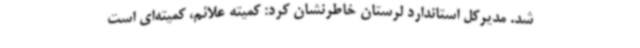
شد. مدیرکل استاندارد لرستان خاطرنشان کرد: کمیته علائم، کمیته‌ای است